画像に写った文字を読んでください
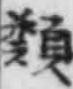
「類」と書いてあります